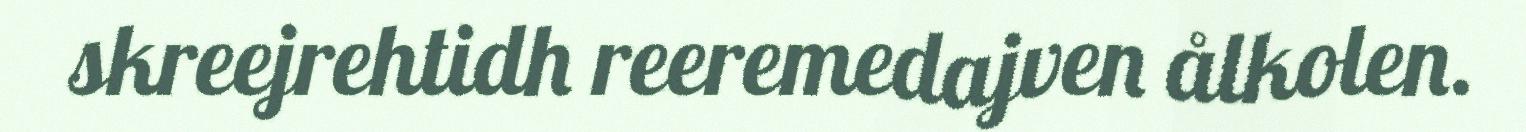
skreejrehtidh reeremedajven ålkolen.